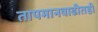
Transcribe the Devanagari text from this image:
तापमानवाढीतही